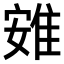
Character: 𨾶